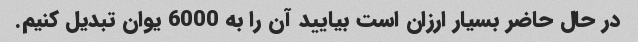
در حال حاضر بسیار ارزان است بیایید آن را به 6000 یوان تبدیل کنیم.